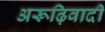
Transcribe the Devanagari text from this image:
अरूढ़िवादी